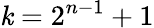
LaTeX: \mathit{k}=2^{n-1}+1